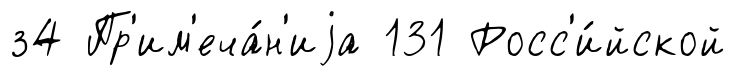
з4 Пр'им'еча́н'иjа 131 Росс'и́йской